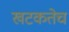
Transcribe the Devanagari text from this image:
खटकतेच